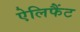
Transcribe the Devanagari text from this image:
ऐलिफैंट